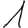
Digit: 1